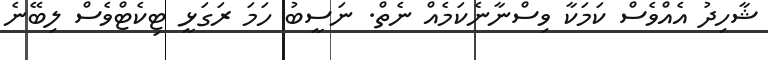
ޝާހިދު އެއްވެސް ކަމަކާ ވިސްނާނެކަމެއް ނެތް. ނަސީބު ހަމަ ރަގަޅީ ޓިކެޓްވެސް ލިބޭނެ